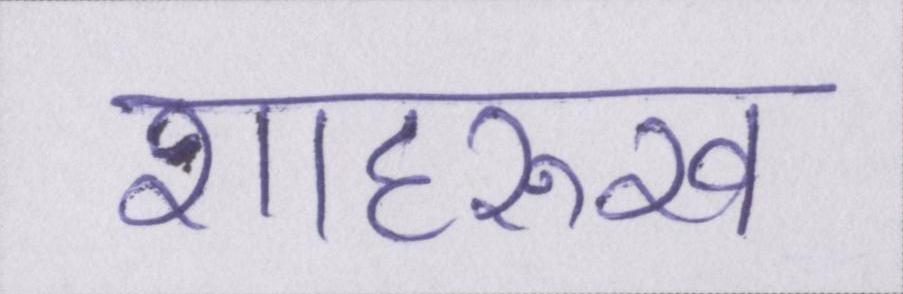
शाहरुख